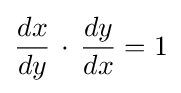
{\frac {dx}{dy}}\,\cdot \,{\frac {dy}{dx}}=1